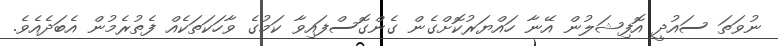
ނުވަތަ ސައުދީ އޮފިޝަލުން އޭނާ ހައްޔަރުކޮށްގެން ގެންގޮސްފައިވާ ކަމުގެ ވާހަކަތަކެއް ފެތުރެމުން އެބަދެއެވެ.